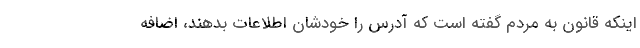
اینکه قانون به مردم گفته است که آدرس را خودشان اطلاعات بدهند، اضافه